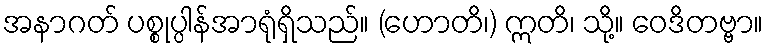
အနာဂတ် ပစ္စုပ္ပါန်အာရုံရှိသည်။ (ဟောတိ၊) ဣတိ၊ သို့။ ဝေဒိတဗ္ဗာ။